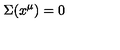
\Sigma ( x ^ { \mu } ) = 0